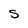
Character: S